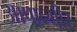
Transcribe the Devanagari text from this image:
आपान्गीर